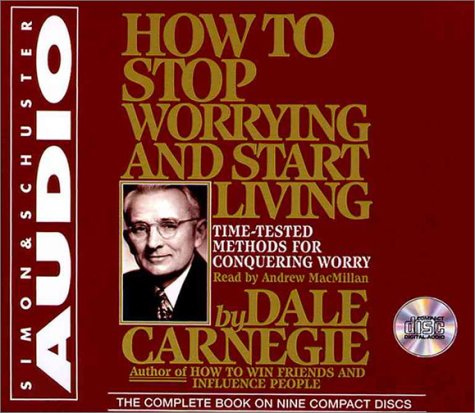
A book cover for How to Stop Worrying and Start Living; Dale Carnegie; Health, Fitness & Dieting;